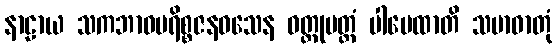
နာဠာယ သကဘာဝပရိစ္စဇနဝသေန ဝတ္ထုမတ္တံ ပါပေထာတိ သမာဓာတုံ